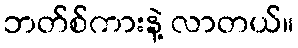
ဘတ်စ်ကားနဲ့ လာတယ်။